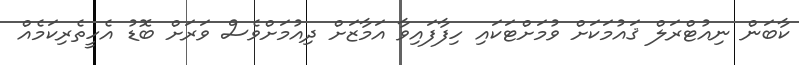
ކާބަން ނިއުޓްރަލް ޤައުމަކަށް ވުމަށްޓަކައި ހިފާފައިވާ އަމާޒަށް ދިއުމަށްވެސް ވަރަށް ބޮޑު އެހީތެރިކަމެއް